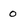
Character: 0